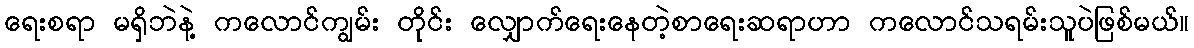
ရေးစရာ မရှိဘဲနဲ့ ကလောင်ကျွမ်း တိုင်း လျှောက်ရေးနေတဲ့စာရေးဆရာဟာ ကလောင်သရမ်းသူပဲဖြစ်မယ်။